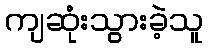
ကျဆုံးသွားခဲ့သူ